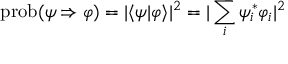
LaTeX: \operatorname { p r o b } ( \psi \Rightarrow \varphi ) = | \langle \psi | \varphi \rangle | ^ { 2 } = | \sum _ { i } \psi _ { i } ^ { * } \varphi _ { i } | ^ { 2 }